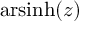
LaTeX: \operatorname { a r s i n h } ( z )